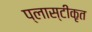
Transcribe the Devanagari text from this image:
प्लास्टीकृत